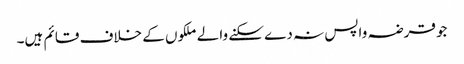
جو قرضہ واپس نہ دے سکنے والے ملکوں کے خلاف قائم ہیں۔